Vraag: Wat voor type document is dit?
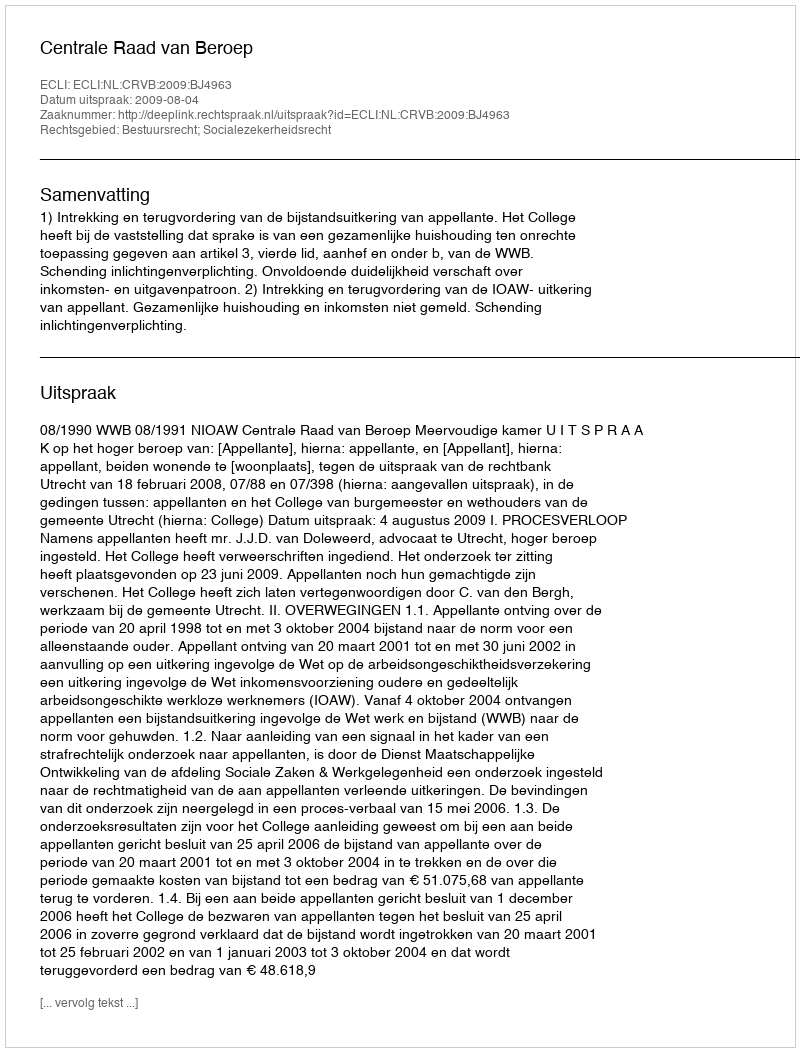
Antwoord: Uitspraak